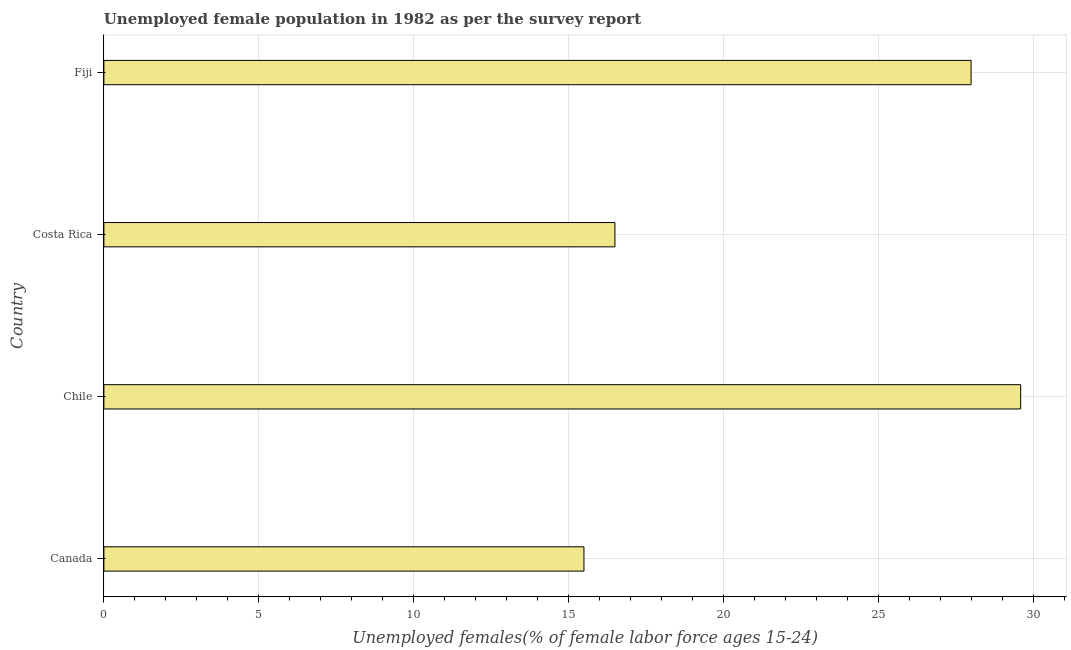
| Country | Unemployment youth female |
 | --- | --- |
 | Canada | 15.5 |
 | Chile | 29.6 |
 | Costa Rica | 16.5 |
 | Fiji | 28 |